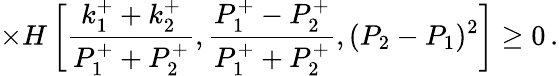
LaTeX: \times H\left[\frac{k_{1}^{+}+k_{2}^{+}}{P_{1}^{+}+P_{2}^{+}},\frac{P_{1}^{+}-P_{2}^{+}}{P_{1}^{+}+P_{2}^{+}},(P_{2}-P_{1})^{2}\right]\geq 0\, .